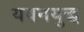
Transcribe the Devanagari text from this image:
यवनयुद्ध